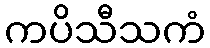
ကပိသီသကံ